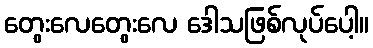
တွေးလေတွေးလေ ဒေါသဖြစ်လုပ်ပေါ့။